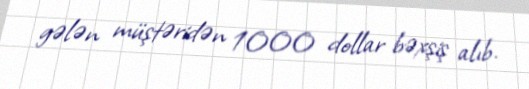
gələn müştəridən 1000 dollar bəxşiş alıb.